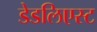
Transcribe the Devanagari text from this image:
डेडलिएस्ट